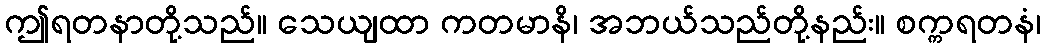
ဤရတနာတို့သည်။ သေယျထာ ကတမာနိ၊ အဘယ်သည်တို့နည်း။ စက္ကရတနံ၊